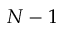
N - 1